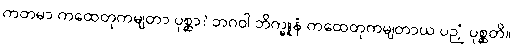
ကတမာ ကထေတုကမျတာ ပုစ္ဆာ? ဘဂဝါ ဘိက္ခူနံ ကထေတုကမျတာယ ပဉှံ ပုစ္ဆတိ။